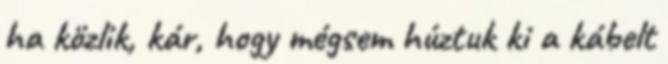
ha közlik, kár, hogy mégsem húztuk ki a kábelt